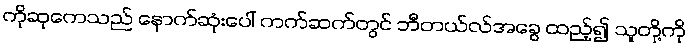
ကိုဆုကေသည် နောက်ဆုံးပေါ် ကက်ဆက်တွင် ဘီတယ်လ်အခွေ ထည့်၍ သူတို့ကို